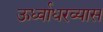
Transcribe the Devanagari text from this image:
ऊर्ध्वाधरव्यास